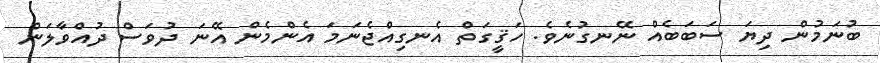
ބުނަމުން ދިޔަ ސަބަބެއް ނޭނގުނެވެ. ހަޤީގަތް އެނގިއްޖެނަމަ އެންމެން އޭނަ ދުވަސް ދުއްވާލަން